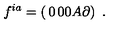
f ^ { i a } = \left( \begin{matrix} { 0 } & { 0 } \\ { 0 } & { A \partial } \\ \end{matrix} \right) \ .